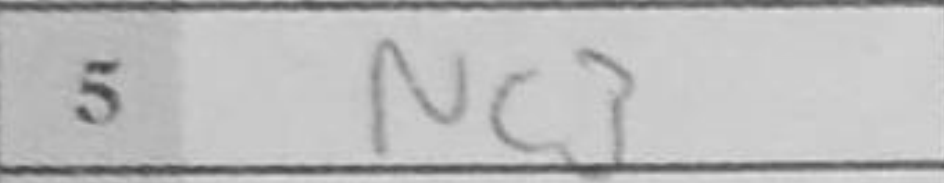
Transcription: Nc3